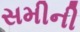
સમીની